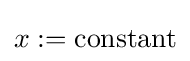
x:={\text{constant}}